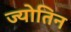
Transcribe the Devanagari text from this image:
ज्‍योतिन